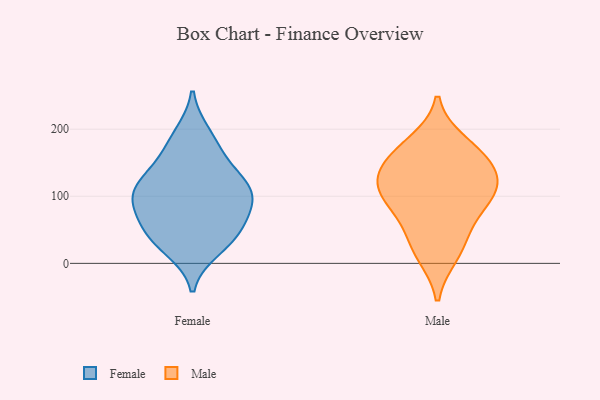
{"axis": {"x": "Backlog", "y": "Value"}, "legend": ["Female", "Male"], "data": [{"x": "", "y": 39, "type": "Female"}, {"x": "", "y": 22, "type": "Female"}, {"x": "", "y": 96, "type": "Female"}, {"x": "", "y": 65, "type": "Female"}, {"x": "", "y": 93, "type": "Female"}, {"x": "", "y": 125, "type": "Female"}, {"x": "", "y": 146, "type": "Female"}, {"x": "", "y": 37, "type": "Female"}, {"x": "", "y": 95, "type": "Female"}, {"x": "", "y": 112, "type": "Female"}, {"x": "", "y": 192, "type": "Female"}, {"x": "", "y": 55, "type": "Female"}, {"x": "", "y": 175, "type": "Female"}, {"x": "", "y": 114, "type": "Female"}, {"x": "", "y": 116, "type": "Male"}, {"x": "", "y": 102, "type": "Male"}, {"x": "", "y": 138, "type": "Male"}, {"x": "", "y": 114, "type": "Male"}, {"x": "", "y": 14, "type": "Male"}, {"x": "", "y": 152, "type": "Male"}, {"x": "", "y": 163, "type": "Male"}, {"x": "", "y": 66, "type": "Male"}, {"x": "", "y": 179, "type": "Male"}, {"x": "", "y": 30, "type": "Male"}, {"x": "", "y": 94, "type": "Male"}]}